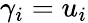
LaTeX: \gamma_{i}=u_{i}